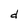
Character: d